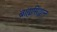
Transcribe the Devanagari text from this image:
ब्राह्मसिद्धान्त